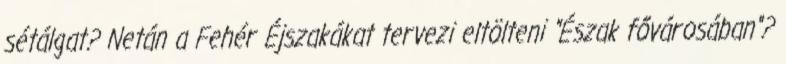
sétálgat? Netán a Fehér Éjszakákat tervezi eltölteni "Észak fővárosában"?